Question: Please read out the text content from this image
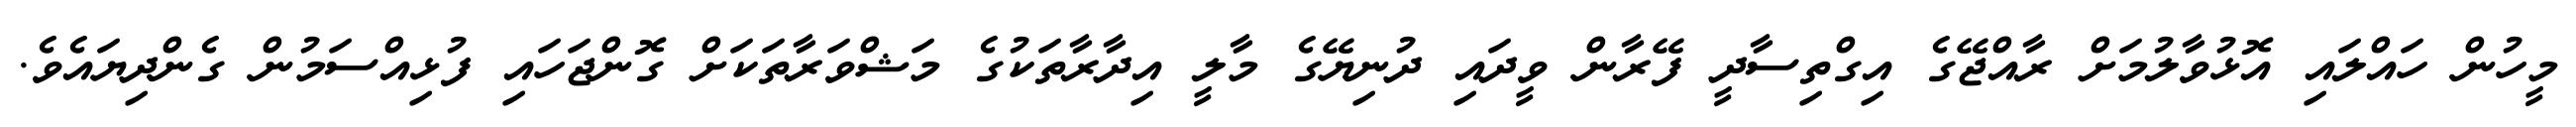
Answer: މީހުން ހައްލައި އޮޅުވާލުމަށް ރާއްޖޭގެ އިގްތިސާދީ ފޭރާން ވީދައި ދުނިޔޭގެ މާލީ އިދާރާތަކުގެ މަޝްވަރާތަކަށް ގޮންޖަހައި ފުޅިއްސަމުން ގެންދިޔައެވެ.